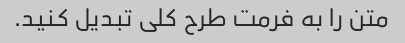
متن را به فرمت طرح کلی تبدیل کنید.